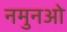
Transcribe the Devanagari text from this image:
नमुनओ